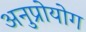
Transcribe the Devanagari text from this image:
अनुप्रोयोग